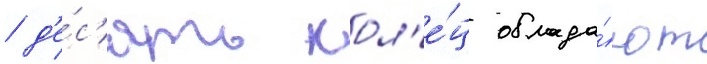
/ д'е́с'ять кол'е́ц облада́ют